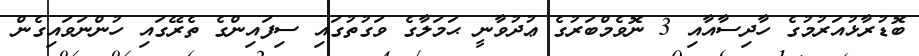
ބޮޑުރާޅުއަރުމުގެ ހާދިސާއާއި 3 ނޮވެމްބަރުގެ ޢުދުވާނީ ޙަމަލާގެ ވަގުތުގައި ސިފައިންގެ ތެރޭގައި ހުންނަވައިގެން